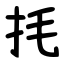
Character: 㧌